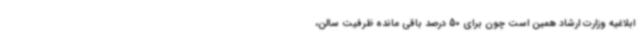
ابلاغیه وزارت ارشاد همین است چون برای 50 درصد باقی مانده ظرفیت سالن،